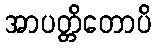
အာပတ္တိတောပိ